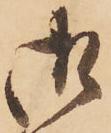
御